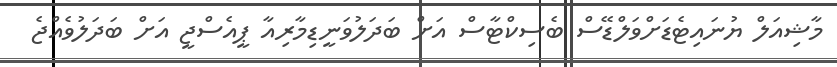
މާޝިއަލް ޔުނައިޓެޑަށްވަލްޑޭސް ބެސިކްޓާސް އަށް ބަދަލުވަނީޑިމާރިއާ ޕީއެސްޖީ އަށް ބަދަލުވެއްޖެ